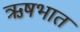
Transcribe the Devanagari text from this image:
ऋषभात